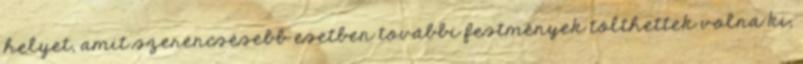
helyet, amit szerencsésebb esetben további festmények tölthettek volna ki;